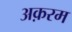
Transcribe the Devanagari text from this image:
अक़रम